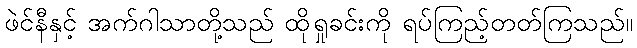
ဖဲင်နီနှင့် အက်ဂါသာတို့သည် ထိုရှုခင်းကို ရပ်ကြည့်တတ်ကြသည်။